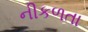
નીકળતા